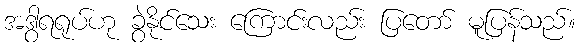
အဒွါရရုပ်ဟု ခွဲနိုင်သေး ကြောင်းလည်း ပြတော် မူပြန်သည်။